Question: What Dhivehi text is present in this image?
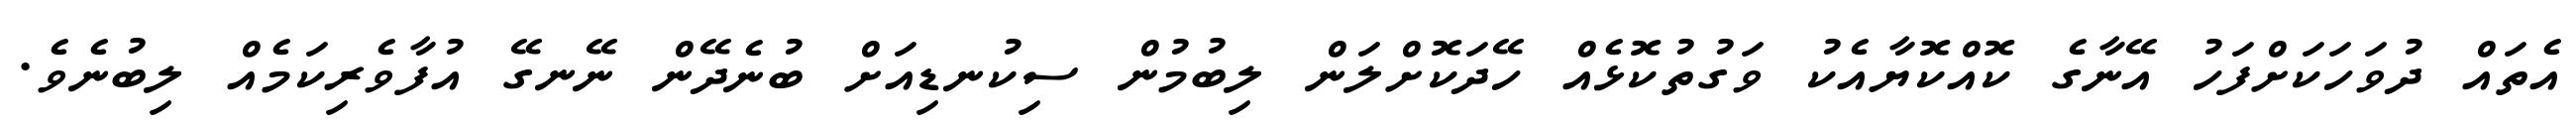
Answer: އެތައް ދުވަހަކަށްފަހު އޭނާގެ ކޮއްކޮޔާއެކު ވަގުތުކޮޅެއް ހޭދަކޮށްލަން ލިބުމުން ސިކުނޑިއަށް ބުނެދޭން ނޭނގޭ އުފާވެރިކަމެއް ލިބުނެވެ.